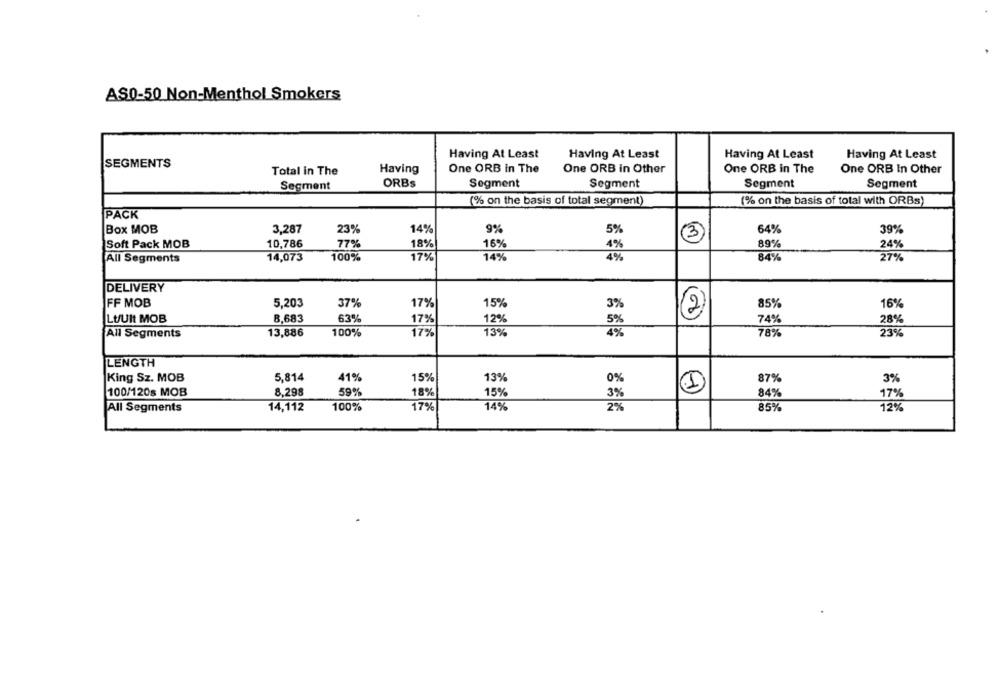
AS0-50 Non-Menthol Smokers
Having At Least
Having At Least
Having At Least
Having At Least
SEGMENTS
Total in The
Having
One ORB in The
One ORB in Other
One ORB in The
One ORB In Other
Segment
ORBs
Segment
Segment
Segment
Segment
(% on the basis of total segment)
(% on the basis of total with ORBs)
PACK
Box MOB
3,287
23%
14%
9%
5%
64%
39%
3
10,786
77%
16%
89%
24%
Soft Pack MOB
18%
4%
7%
14%
4%
84%
27%
All Segments
14,073
100%
DELIVERY
FF MOB
5,203
37%
17%
15%
3%
85%
16%
2
LUUIt MOB
8,683
63%
17%
12
74%
28%
5%
13,886
100%
17%
13%
4%
78%
23%
All Segments
LENGTH
King Sz. MOB
5,814
41%
15%
13%
0%
87%
3%
1
100/120s MOB
8.298
59%
18%
15%
3%
84%
17%
All Segments
14,112
100%
17%
14%
2%
85%
12%